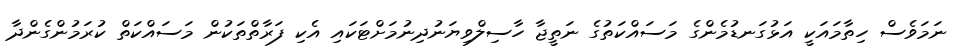
ނަމަވެސް ހިތާމައަކީ އަޅުގަނޑުމެންގެ މަސައްކަތުގެ ނަތީޖާ ހާސިލްވިޔަނުދިނުމަށްޓަކައި އެކި ފަރާތްތަކުން މަސައްކަތް ކުރަމުންގެންދާ